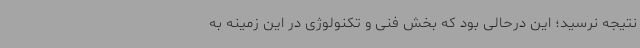
نتیجه نرسید؛ این درحالی بود که بخش فنی و تکنولوژی در این زمینه به